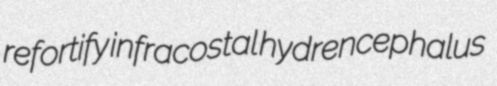
refortify infracostal hydrencephalus